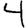
Digit: 4